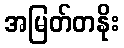
အမြတ်တနိုး